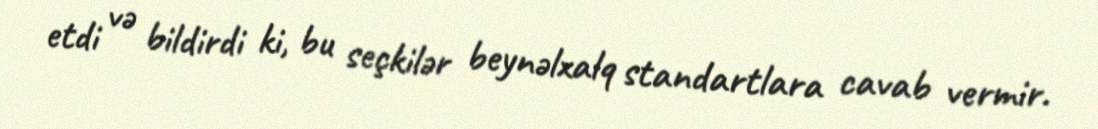
etdi və bildirdi ki, bu seçkilər beynəlxalq standartlara cavab vermir.